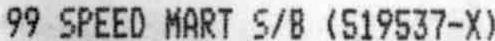
99 SPEED MART S/B (519537-X)